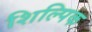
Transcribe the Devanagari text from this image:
शिल्पिक